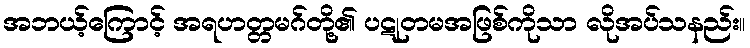
အဘယ့်ကြောင့် အရဟတ္တမဂ်တို့၏ ပဋုတမအဖြစ်ကိုသာ လိုအပ်သနည်း။